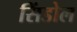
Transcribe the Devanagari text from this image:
सिंडोल